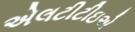
એલટીટીઇએ